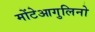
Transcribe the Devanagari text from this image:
मोंटेआगुलिनो